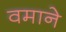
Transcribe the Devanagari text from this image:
वमाने